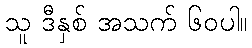
သူ ဒီနှစ် အသက် ၆၀ပါ။